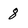
Character: 8